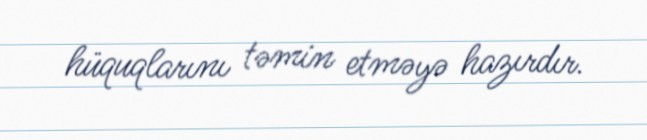
hüquqlarını təmin etməyə hazırdır.